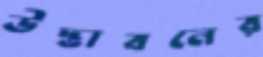
উদ্ভাবনের